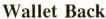
Wallet Back